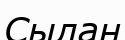
Сылан